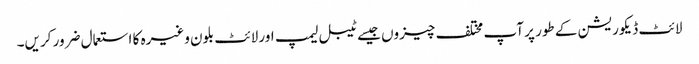
لائٹ ڈیکوریشن کے طور پر آپ مختلف چیزوں جیسے ٹیبل لیمپ اور لائٹ بلون وغیرہ کا استعمال ضرور کریں۔